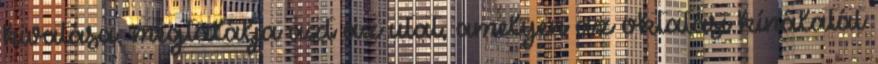
hivatása, megtalálja azt az utat, amelyen az oktatási kínálatát